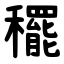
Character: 䆉